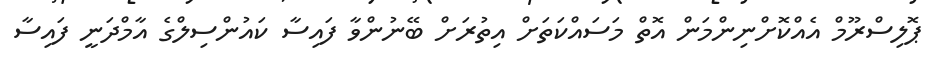
ޕޮލިސްރޫމް އެއްކޮށްނިންމަން އޮތް މަސައްކަތަށް އިތުރަށް ބޭނުންވާ ފައިސާ ކައުންސިލްގެ އާމްދަނީ ފައިސާ